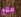
هلع